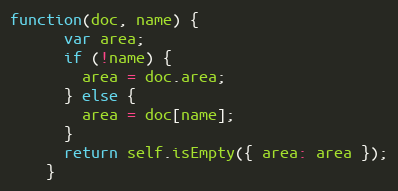
Language: JavaScript
function(doc, name) {
      var area;
      if (!name) {
        area = doc.area;
      } else {
        area = doc[name];
      }
      return self.isEmpty({ area: area });
    }